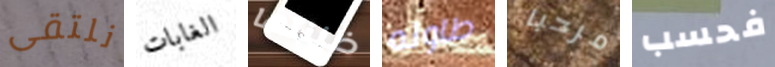
نلتقى الغابات ظننتها طاوله مرحبا فحسب